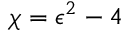
\chi = \epsilon ^ { 2 } - 4